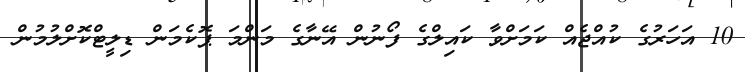
10 އަހަރުގެ ކުއްޖެއް ކަމަށްވާ ކައިލްގެ ފޯނުން އޭނާގެ މަންމަ ޕޮކެމަން ޑިލީޓްކޮށްލުމުން